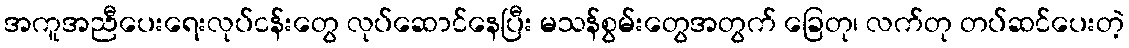
အကူအညီပေးရေးလုပ်ငန်းတွေ လုပ်ဆောင်နေပြီး မသန်စွမ်းတွေအတွက် ခြေတု၊ လက်တု တပ်ဆင်ပေးတဲ့